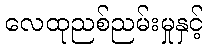
လေထုညစ်ညမ်းမှုနှင့်